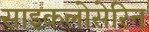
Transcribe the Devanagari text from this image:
साइकलोसेरिन